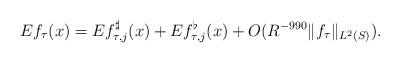
LaTeX: \begin{align*} Ef_\tau(x) = Ef_{\tau,j}^{\sharp}(x) + Ef_{\tau,j}^{\flat}(x) + O(R^{-990}\|f_\tau\|_{L^2(S)}).\end{align*}